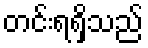
တင်းရရှိသည်